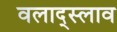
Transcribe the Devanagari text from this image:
वलाद्स्लाव